Eesti_Rahvusfond, lk 87
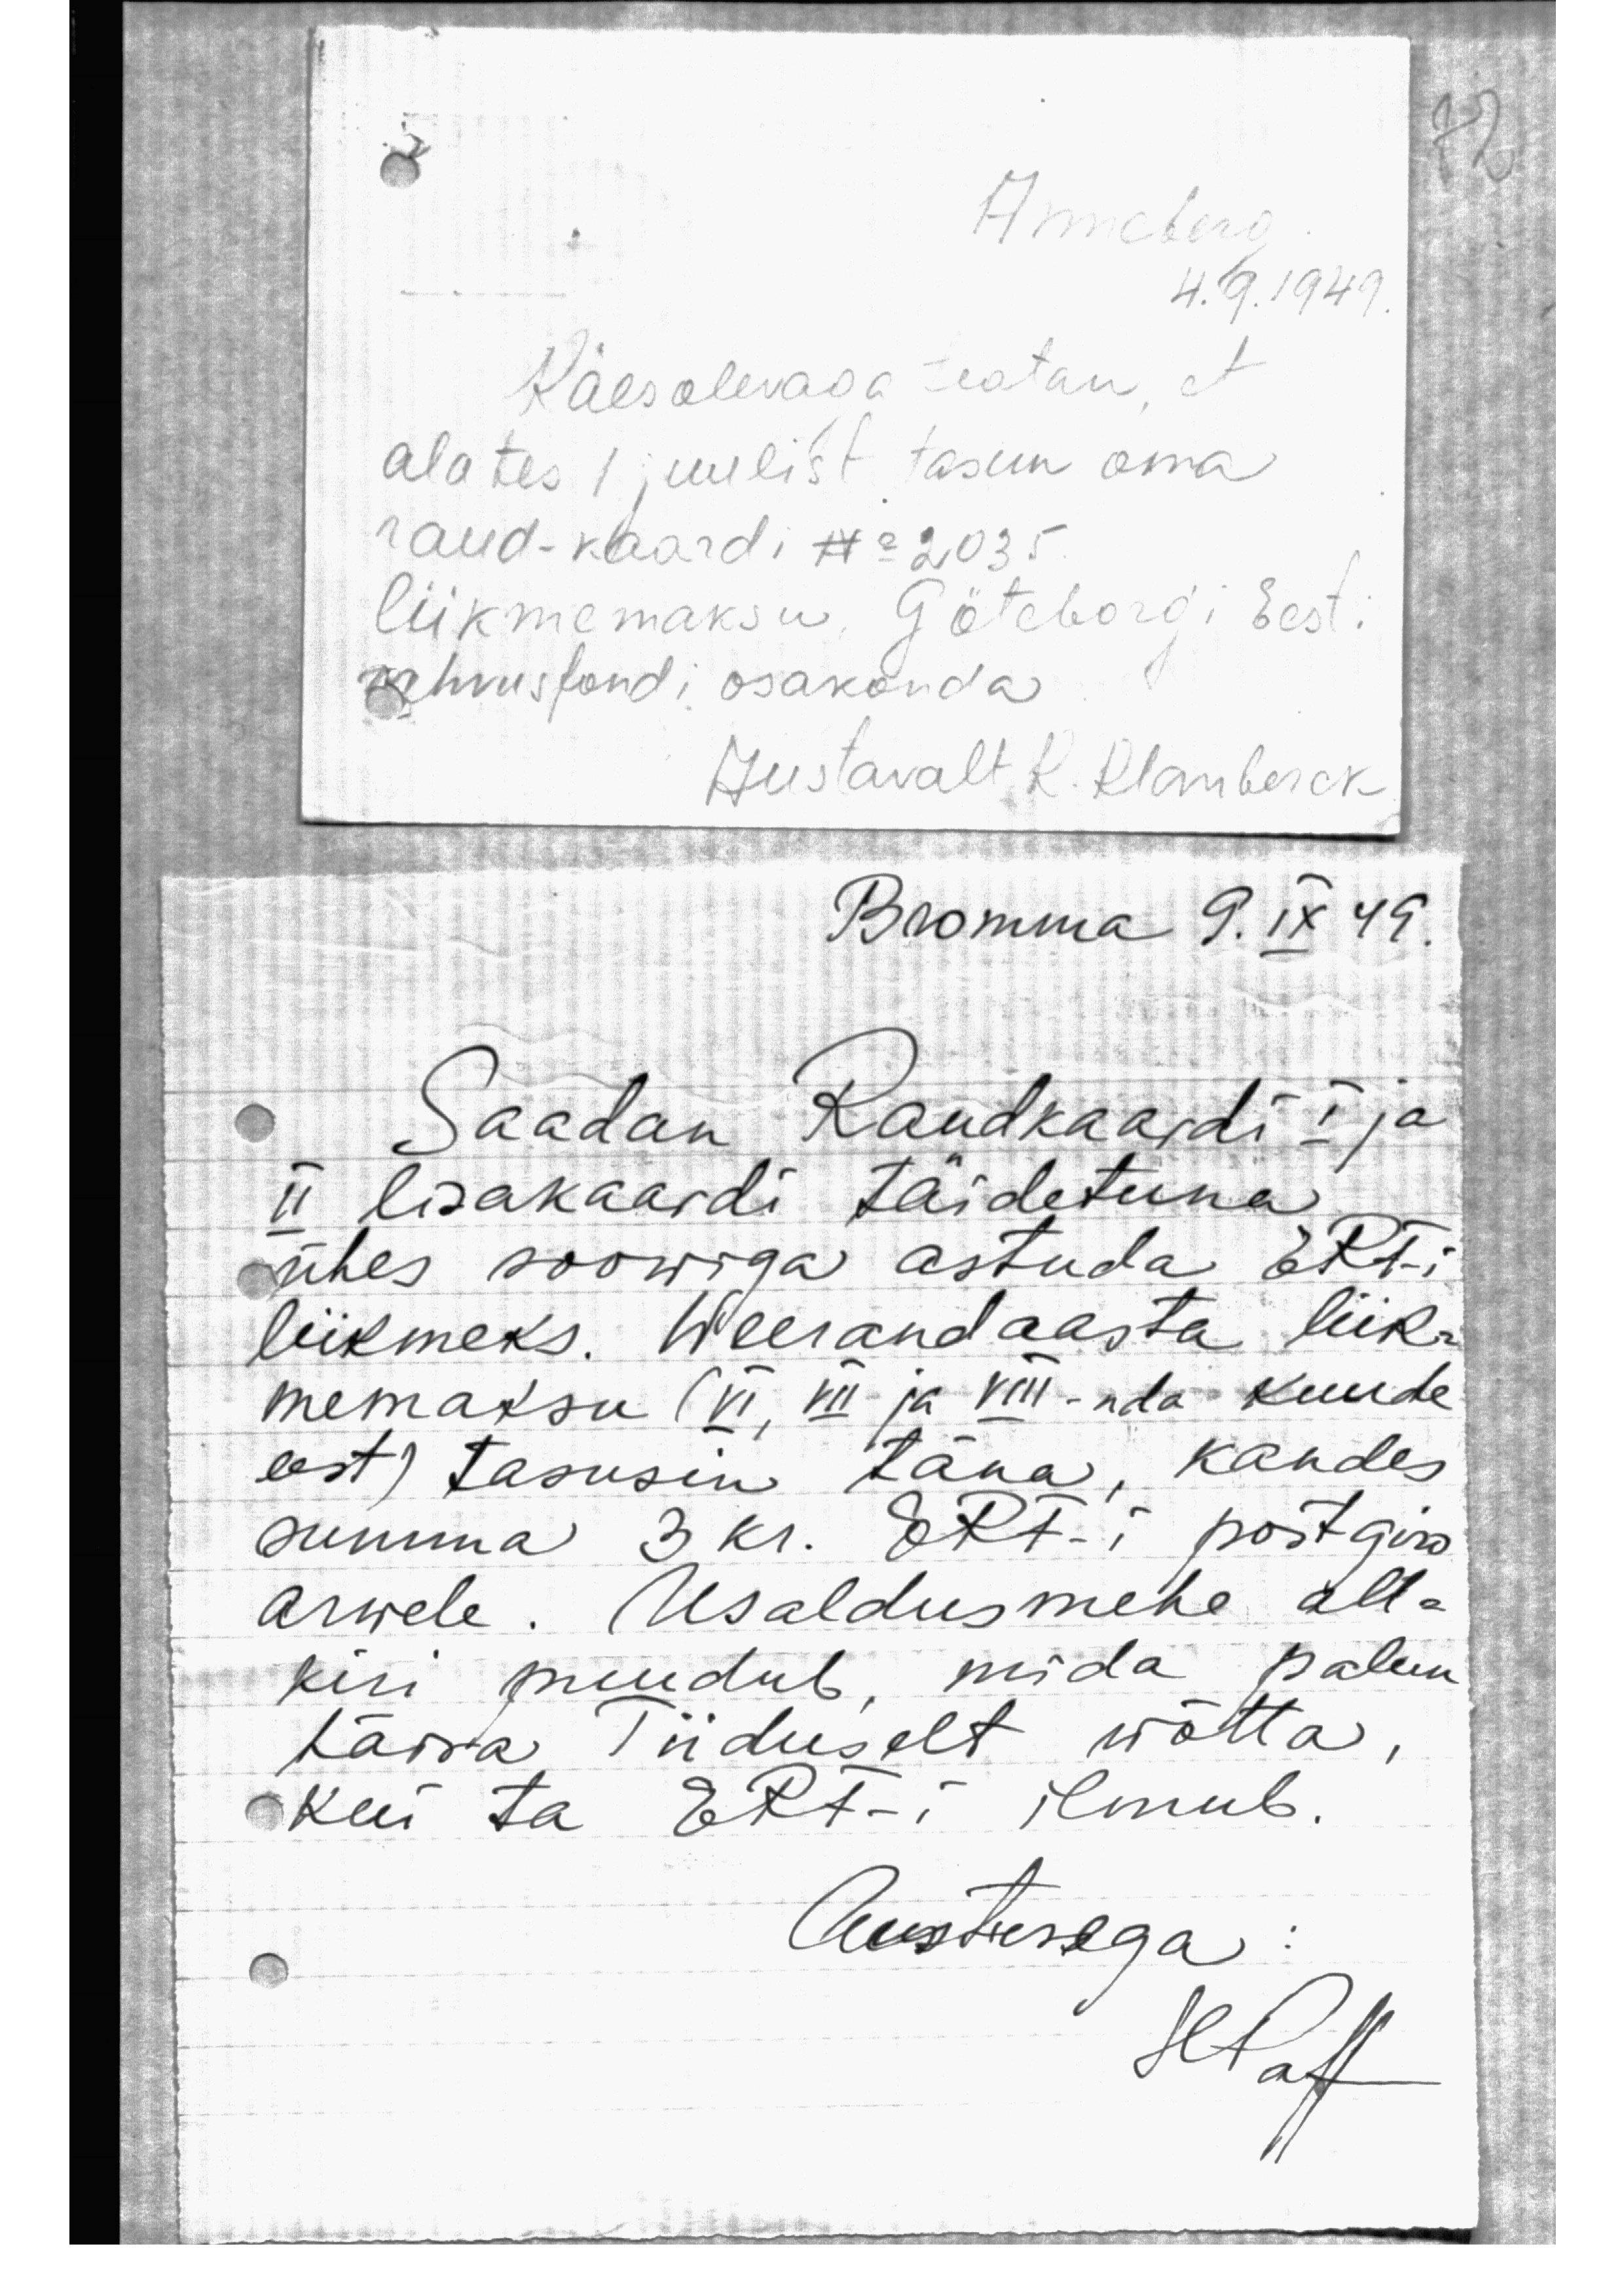
Ameberg
4.9.1949
Käesolevaga teatan, et
alates 1 juulist tasun oma
raud-kaardi No 2035
liikmemaksu, Götebergi Eest.
rahvusfondi osakonda
Austavalt K. Klamberck
Bromma 9. IX 49.
Saadan Raudkaardi I ja
II lisakaardi täidetuna
ühes soowiga astuda ERF-i
liikmeks. Weerandaasta liik-
memaksu (VI, VII ja VIII-nda kuude
eest) tasusin täna, kandes
summa 3 kr. ERF-i, postgiro
arwele. Usaldusmehe all-
kiri puudub, mida palun
härra Tiiduselt wõtta,
Kui ta ERF-i ilmub.
Austusega.
H.Paff